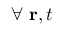
\forall ~ \mathbf { r } , t